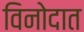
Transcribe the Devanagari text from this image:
विनोदात